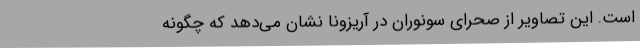
است. این تصاویر از صحرای سونوران در آریزونا نشان می‌دهد که چگونه